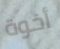
أخوة